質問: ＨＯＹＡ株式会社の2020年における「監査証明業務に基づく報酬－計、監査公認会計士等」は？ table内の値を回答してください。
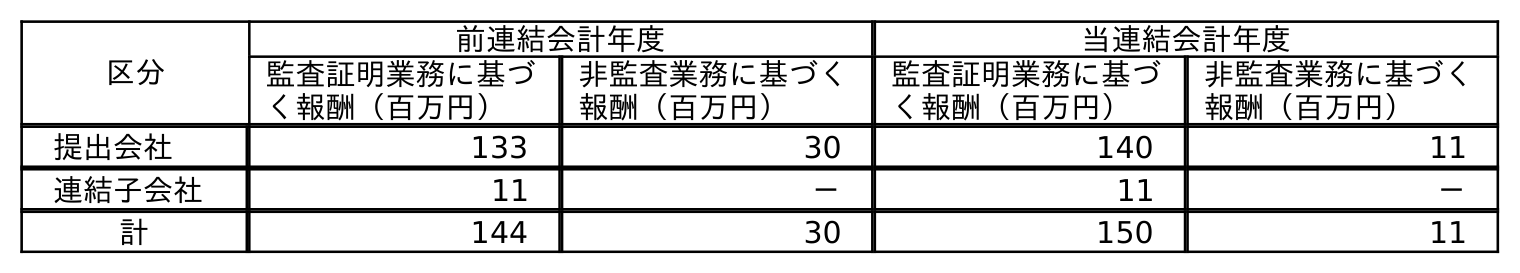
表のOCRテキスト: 区分 前連結会計年度 当連結会計年度 監査証明業務に基づ く報酬（百万円） 非監査業務に基づく 報酬（百万円） 監査証明業務に基づ く報酬（百万円） 非監査業務に基づく 報酬（百万円） 提出会社 133 30 140 11 連結子会社 11 － 11 － 計 144 30 150 11
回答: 150